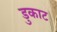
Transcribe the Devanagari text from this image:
डुकाट